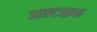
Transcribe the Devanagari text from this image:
अल्टाइक